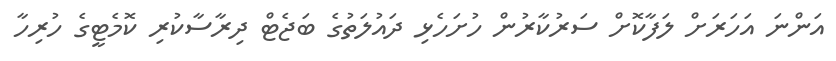
އަންނަ އަހަރަށް ލަފާކޮށް ސަރުކާރުން ހުށަހެޅި ދައުލަތުގެ ބަޖެޓް ދިރާސާކުރި ކޮމެޓީގެ ހުރިހާ